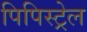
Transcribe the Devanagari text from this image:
पिपिस्ट्रेल